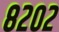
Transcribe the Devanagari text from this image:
८२०२